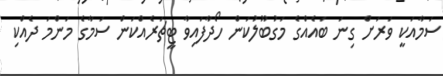
ސަމާއަކީ ވަރަށް ގިނަ ބައެއްގެ މަގުބޫލުކަން ހޯދާފައިވާ ޓީޗަރެއްކަން ސަމާގެ މަންމަ ދެއްކި